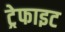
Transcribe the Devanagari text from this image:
ट्रेफाइट